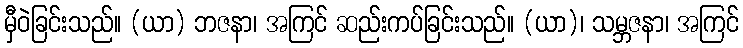
မှီဝဲခြင်းသည်။ (ယာ) ဘဇနာ၊ အကြင် ဆည်းကပ်ခြင်းသည်။ (ယာ)၊ သမ္ဘဇနာ၊ အကြင်